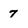
Character: 7